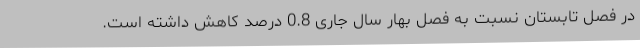
در فصل تابستان نسبت به فصل بهار سال جاری 0.8 درصد کاهش داشته است.